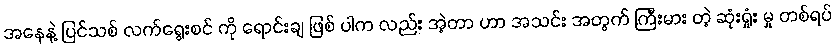
အနေနဲ့ ပြင်သစ် လက်ရွေးစင် ကို ရောင်းချ ဖြစ် ပါက လည်း အဲ့တာ ဟာ အသင်း အတွက် ကြီးမား တဲ့ ဆုံးရှုံး မှု တစ်ရပ်